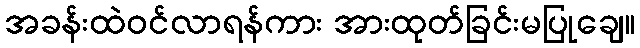
အခန်းထဲဝင်လာရန်ကား အားထုတ်ခြင်းမပြုချေ။